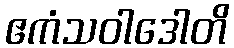
ဧကံသဝါဒေါတိ